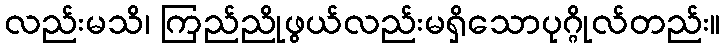
လည်းမသိ၊ ကြည်ညိုဖွယ်လည်းမရှိသောပုဂ္ဂိုလ်တည်း။